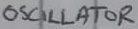
Text: OSCILLATOR